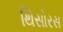
થિસોરસ